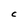
Character: C